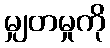
မျှတမှုကို